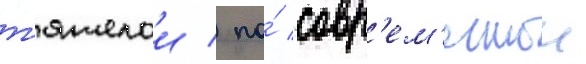
т'яжелои / по́ совр'ем'еннои